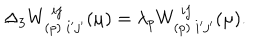
\Delta _ { 3 } W _ { ( p ) \ i ^ { \prime } j ^ { \prime } } ^ { \ i j } ( \mu ) = \lambda _ { p } W _ { ( p ) \ i ^ { \prime } j ^ { \prime } } ^ { \ i j } ( \mu ) .